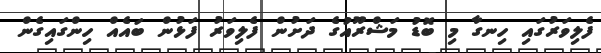
ފެލިވަރުގައި ހިނގާ މި ބޮޑު މަޝްރޫއުގެ ދަށުން ފެލިވަރު ފަޅުން ބައެއް ހިންގައިގެން